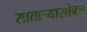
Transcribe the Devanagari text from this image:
सातार्‍यासोबत